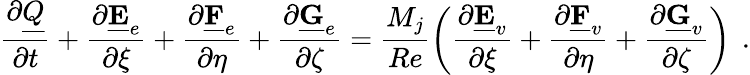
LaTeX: \frac{\partial\underline{{Q}}}{\partial t}+\frac{\partial\underline{{\mathbf{E}}}_{e}}{\partial\xi}+\frac{\partial\underline{{\mathbf{F}}}_{e}}{\partial\eta}+\frac{\partial\underline{{\mathbf{G}}}_{e}}{\partial\zeta}=\frac{M_{j}}{Re}\left(\frac{\partial\underline{{\mathbf{E}}}_{v}}{\partial\xi}+\frac{\partial\underline{{\mathbf{F}}}_{v}}{\partial\eta}+\frac{\partial\underline{{\mathbf{G}}}_{v}}{\partial\zeta}\right)\, \mathrm{~.}